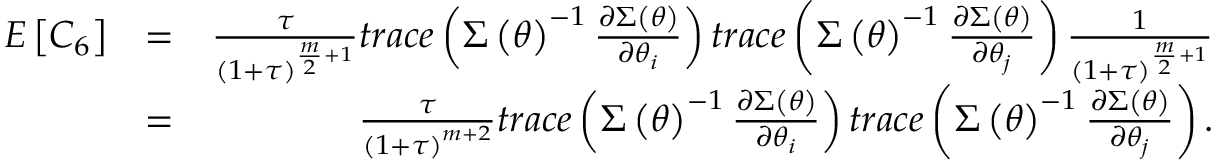
\begin{array} { r l r } { E \left[ C _ { 6 } \right] } & { = } & { \frac { \tau } { \left( 1 + \tau \right) ^ { \frac { m } { 2 } + 1 } } t r a c e \left( \boldsymbol { \Sigma } \left( \boldsymbol { \theta } \right) ^ { - 1 } \frac { \partial \boldsymbol { \Sigma } \left( \boldsymbol { \theta } \right) } { \partial \theta _ { i } } \right) t r a c e \left( \boldsymbol { \Sigma } \left( \boldsymbol { \theta } \right) ^ { - 1 } \frac { \partial \boldsymbol { \Sigma } \left( \boldsymbol { \theta } \right) } { \partial \theta _ { j } } \right) \frac { 1 } { \left( 1 + \tau \right) ^ { \frac { m } { 2 } + 1 } } } \\ & { = } & { \frac { \tau } { \left( 1 + \tau \right) ^ { m + 2 } } t r a c e \left( \boldsymbol { \Sigma } \left( \boldsymbol { \theta } \right) ^ { - 1 } \frac { \partial \boldsymbol { \Sigma } \left( \boldsymbol { \theta } \right) } { \partial \theta _ { i } } \right) t r a c e \left( \boldsymbol { \Sigma } \left( \boldsymbol { \theta } \right) ^ { - 1 } \frac { \partial \boldsymbol { \Sigma } \left( \boldsymbol { \theta } \right) } { \partial \theta _ { j } } \right) . } \end{array}